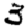
Digit: 3